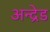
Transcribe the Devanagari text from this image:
अन्द्रेड